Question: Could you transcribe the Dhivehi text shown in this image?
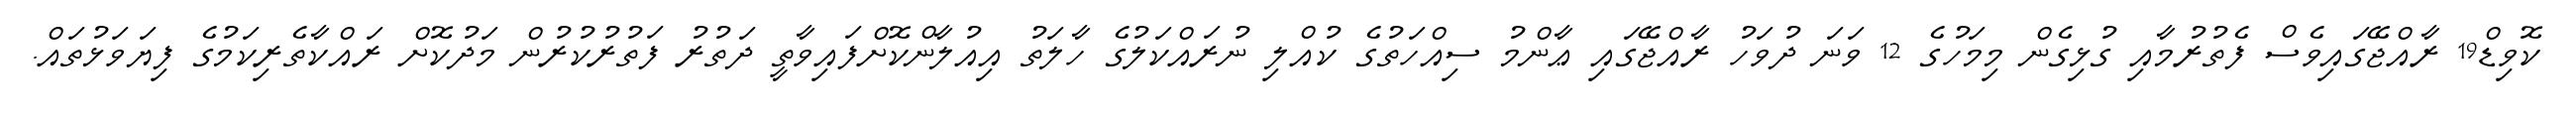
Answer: ކޮވިޑް19 ރާއްޖޭގައިވެސް ފެތުރުމާއި ގުޅިގެން މިމަހުގެ 12 ވަނަ ދުވަހު ރާއްޖޭގައި ޢާންމު ސިއްހަތުގެ ކުއްލި ނުރައްކަލުގެ ހާލަތު އިއުލާންކޮށްފައިވާތީ ދަތުރު ފަތުރުކުރުން މަދުކޮށް ރައްކާތެރިކަމުގެ ފިޔަވަޅުތައް.